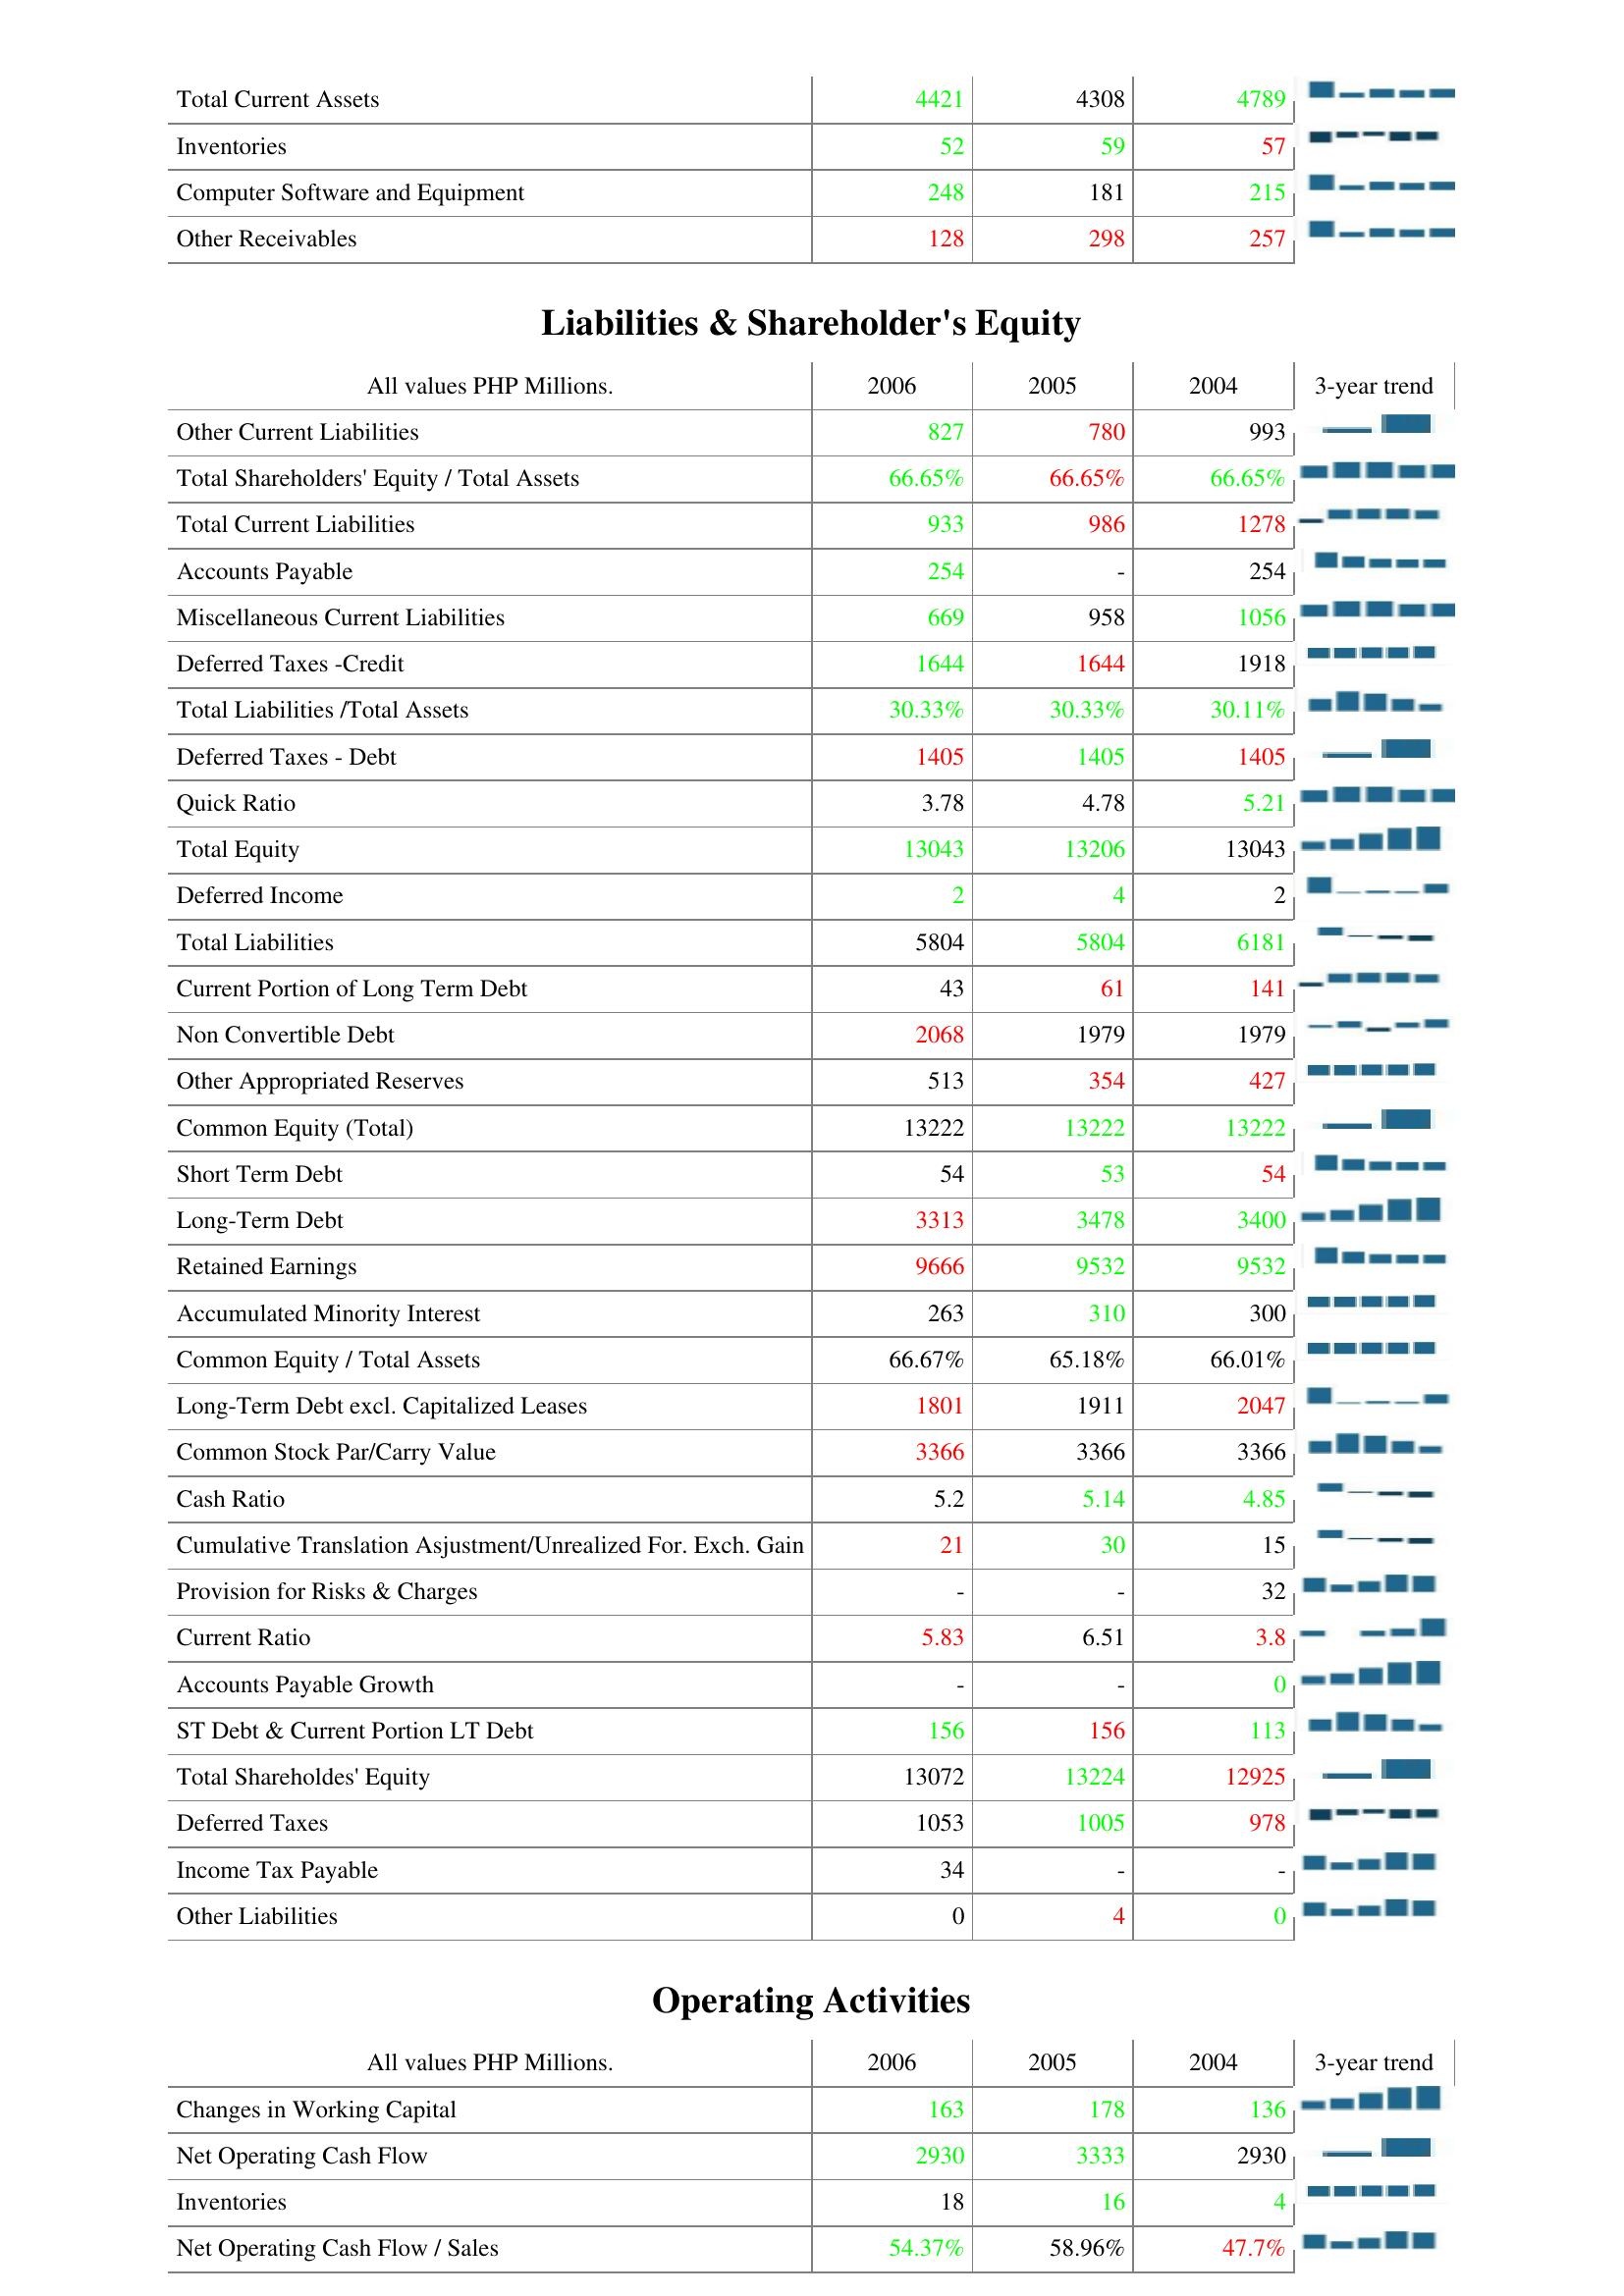
2006: Assets: Total Current Assets: 4421
Inventories: 52
Computer Software and Equipment: 248
Other Receivables: 128
Liabilities & Shareholder's Equity: Other Current Liabilities: 827
Total Shareholders' Equity / Total Assets: 66.65%
Total Current Liabilities: 933
Accounts Payable: 254
Miscellaneous Current Liabilities: 669
Deferred Taxes -Credit: 1644
Total Liabilities /Total Assets: 30.33%
Deferred Taxes - Debt: 1405
Quick Ratio: 3.78
Total Equity: 13043
Deferred Income: 2
Total Liabilities: 5804
Current Portion of Long Term Debt: 43
Non Convertible Debt: 2068
Other Appropriated Reserves: 513
Common Equity (Total): 13222
Short Term Debt: 54
Long-Term Debt: 3313
Retained Earnings: 9666
Accumulated Minority Interest: 263
Common Equity / Total Assets: 66.67%
Long-Term Debt excl. Capitalized Leases: 1801
Common Stock Par/Carry Value: 3366
Cash Ratio: 5.2
Cumulative Translation Asjustment/Unrealized For. Exch. Gain: 21
Provision for Risks & Charges: -
Current Ratio: 5.83
Accounts Payable Growth: -
ST Debt & Current Portion LT Debt: 156
Total Shareholdes' Equity: 13072
Deferred Taxes: 1053
Income Tax Payable: 34
Other Liabilities: 0
Operating Activities: Changes in Working Capital: 163
Net Operating Cash Flow: 2930
Inventories: 18
Net Operating Cash Flow / Sales: 54.37%
2005: Assets: Total Current Assets: 4308
Inventories: 59
Computer Software and Equipment: 181
Other Receivables: 298
Liabilities & Shareholder's Equity: Other Current Liabilities: 780
Total Shareholders' Equity / Total Assets: 66.65%
Total Current Liabilities: 986
Accounts Payable: -
Miscellaneous Current Liabilities: 958
Deferred Taxes -Credit: 1644
Total Liabilities /Total Assets: 30.33%
Deferred Taxes - Debt: 1405
Quick Ratio: 4.78
Total Equity: 13206
Deferred Income: 4
Total Liabilities: 5804
Current Portion of Long Term Debt: 61
Non Convertible Debt: 1979
Other Appropriated Reserves: 354
Common Equity (Total): 13222
Short Term Debt: 53
Long-Term Debt: 3478
Retained Earnings: 9532
Accumulated Minority Interest: 310
Common Equity / Total Assets: 65.18%
Long-Term Debt excl. Capitalized Leases: 1911
Common Stock Par/Carry Value: 3366
Cash Ratio: 5.14
Cumulative Translation Asjustment/Unrealized For. Exch. Gain: 30
Provision for Risks & Charges: -
Current Ratio: 6.51
Accounts Payable Growth: -
ST Debt & Current Portion LT Debt: 156
Total Shareholdes' Equity: 13224
Deferred Taxes: 1005
Income Tax Payable: -
Other Liabilities: 4
Operating Activities: Changes in Working Capital: 178
Net Operating Cash Flow: 3333
Inventories: 16
Net Operating Cash Flow / Sales: 58.96%
2004: Assets: Total Current Assets: 4789
Inventories: 57
Computer Software and Equipment: 215
Other Receivables: 257
Liabilities & Shareholder's Equity: Other Current Liabilities: 993
Total Shareholders' Equity / Total Assets: 66.65%
Total Current Liabilities: 1278
Accounts Payable: 254
Miscellaneous Current Liabilities: 1056
Deferred Taxes -Credit: 1918
Total Liabilities /Total Assets: 30.11%
Deferred Taxes - Debt: 1405
Quick Ratio: 5.21
Total Equity: 13043
Deferred Income: 2
Total Liabilities: 6181
Current Portion of Long Term Debt: 141
Non Convertible Debt: 1979
Other Appropriated Reserves: 427
Common Equity (Total): 13222
Short Term Debt: 54
Long-Term Debt: 3400
Retained Earnings: 9532
Accumulated Minority Interest: 300
Common Equity / Total Assets: 66.01%
Long-Term Debt excl. Capitalized Leases: 2047
Common Stock Par/Carry Value: 3366
Cash Ratio: 4.85
Cumulative Translation Asjustment/Unrealized For. Exch. Gain: 15
Provision for Risks & Charges: 32
Current Ratio: 3.8
Accounts Payable Growth: 0
ST Debt & Current Portion LT Debt: 113
Total Shareholdes' Equity: 12925
Deferred Taxes: 978
Income Tax Payable: -
Other Liabilities: 0
Operating Activities: Changes in Working Capital: 136
Net Operating Cash Flow: 2930
Inventories: 4
Net Operating Cash Flow / Sales: 47.7%